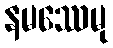
နမဿေမု